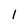
Character: 1